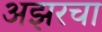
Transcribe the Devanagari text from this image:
अझरचा